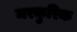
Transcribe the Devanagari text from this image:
मरकुरिक